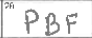
Transcription: PBF